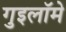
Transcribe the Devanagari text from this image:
गुइलॉमे